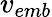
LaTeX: v_{emb}